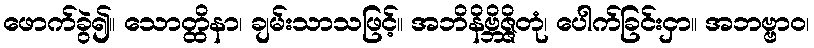
ဖောက်ခွဲ၍။ သောတ္ထိနာ၊ ချမ်းသာသဖြင့်။ အဘိနိဗ္ဘိဇ္ဇိတုံ၊ ပေါက်ခြင်းငှာ။ အဘဗ္ဗာဝ၊